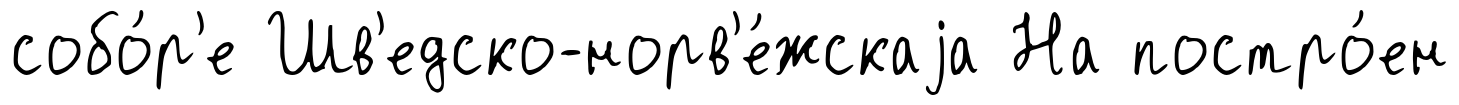
собо́р'е Шв'едско-норв'е́жскаjа На постро́ен